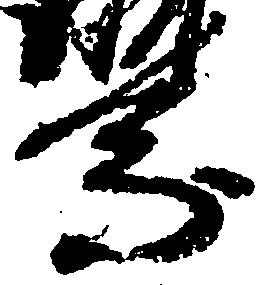
乗